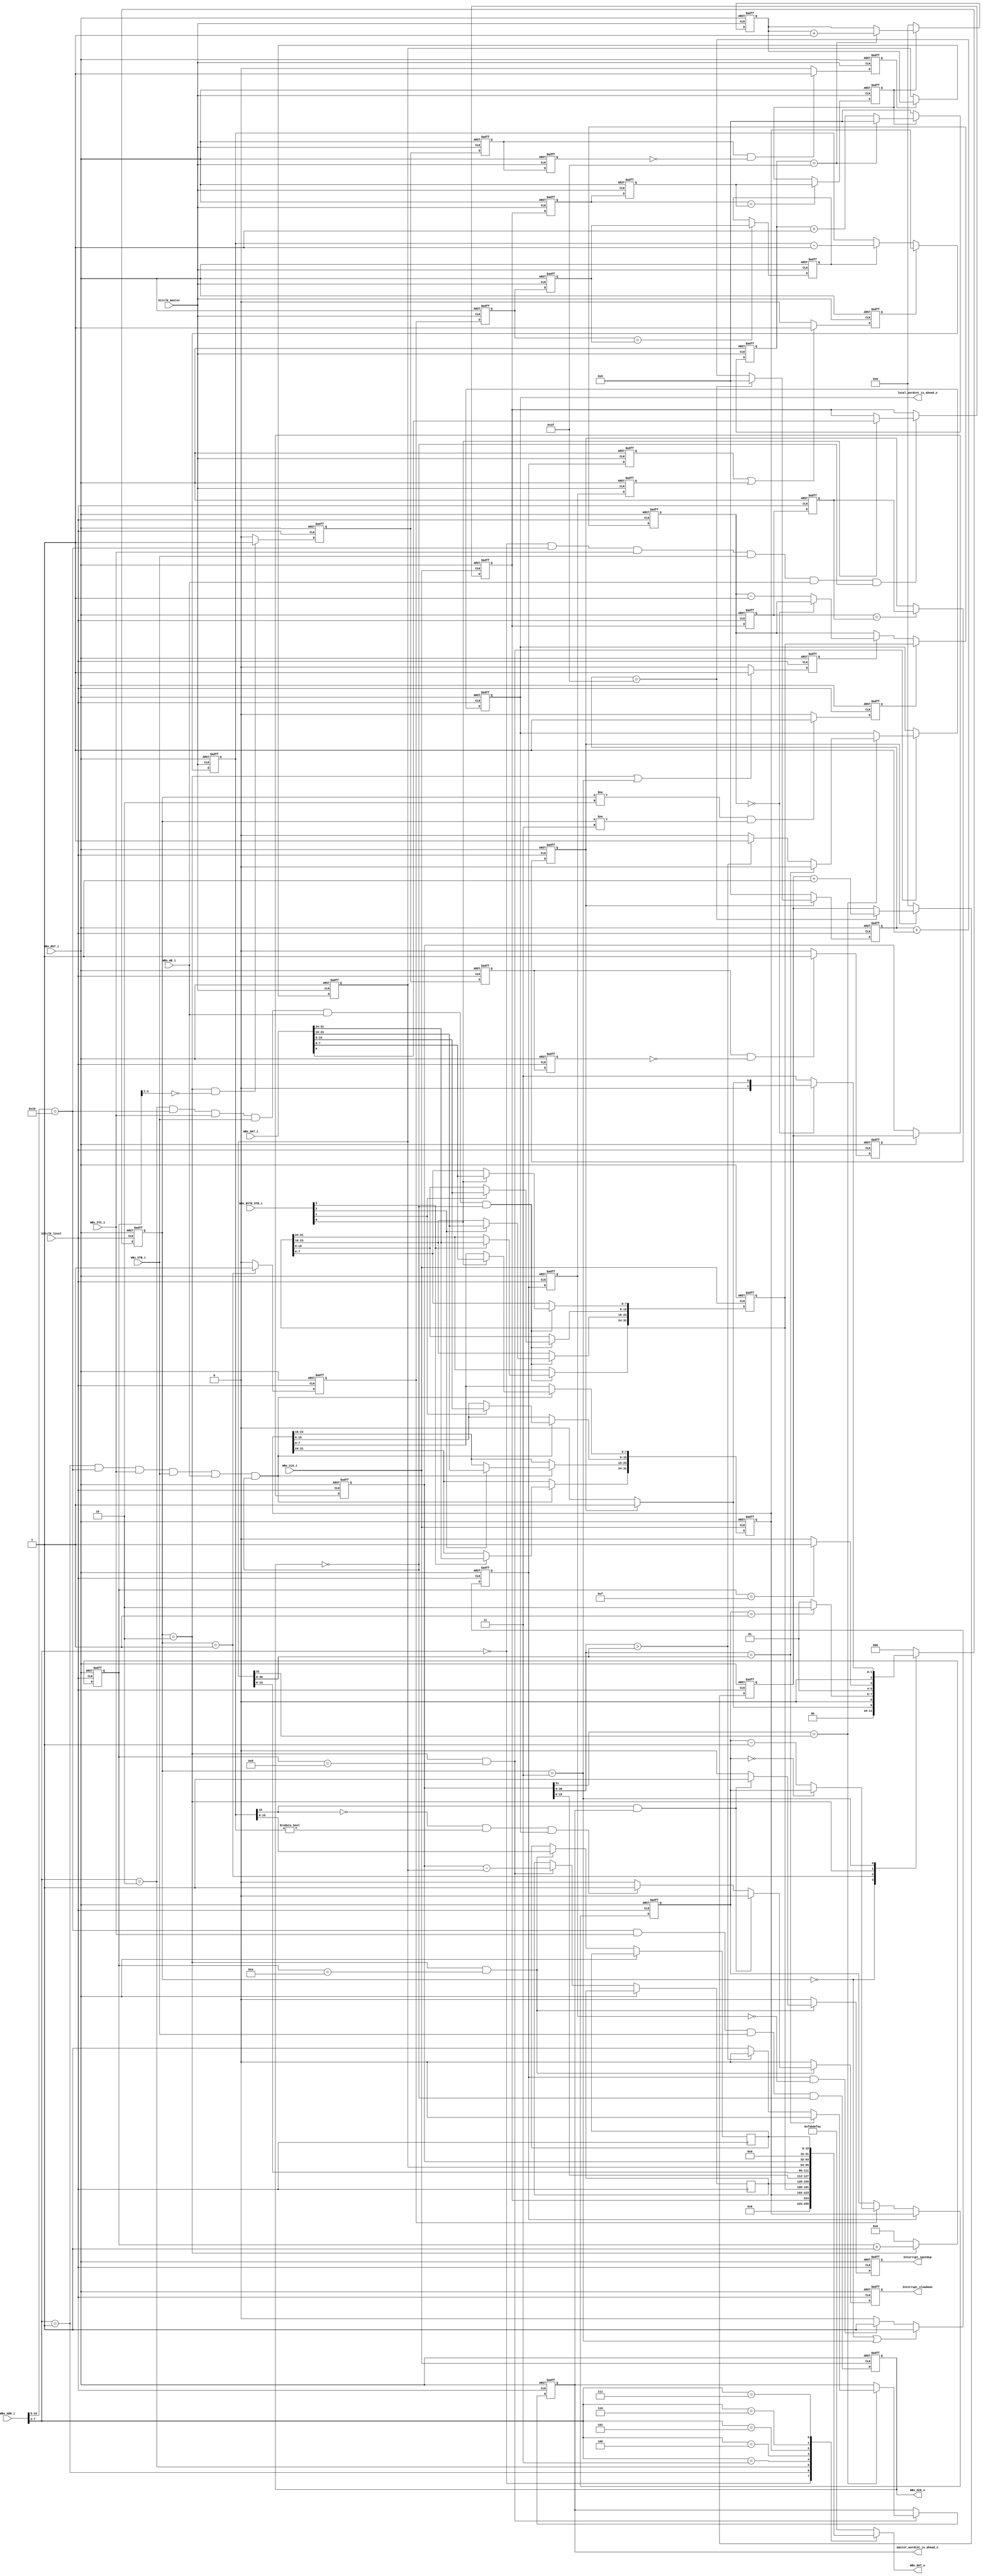
module FLL_I2S ( 
                // AHB-To_FPGA Bridge I/F
                WBs_ADR_i,
                WBs_CYC_i,
                WBs_BYTE_STB_i,
                WBs_WE_i,
                WBs_STB_i,
                WBs_DAT_i,
                WBs_CLK_i,
                WBs_RST_i,
                WBs_DAT_o,
                WBs_ACK_o,

                // input clock, from the external master
                bitclk_master,

                // local bitclk
                bitclk_local,

                // interrupts to the M4 processor, to speed up or slow down the local clock
                Interrupt_speedup,
                Interrupt_slowdown,
                
                // debug
                master_wordcnt_is_ahead_o,
                local_wordcnt_is_ahead_o
);


//------Port Parameters----------------

    //  Address offsets shown below are byte offsets, so the 2 LSB's (on the right) should be 0's.

// This parameter can/should be over-ridden when this module is instantiated,
//  since it must be unique across all other modules in the FPGA.
parameter   MODULE_OFFSET       = 17'h0_1000;

// This is the value that is returned when a non-implemented register is read.
parameter   DEFAULT_REG_VALUE   = 32'hFAB_DEF_AC;

// This is the # of bit clock per word
parameter   BIT_CLOCKS_PER_WORD     = 64;

// This is the default value for the sampling time (after reset), in local bit clks.
//  After the # of local clocks specified here, a calculation is done to determine if the
//  local clock frequency needs to be adjusted.
//  This sampling time can be over-written by s/w.
parameter   SAMPLE_LENGTH_DEFAULT = 32'h0000_0400;

// This is the default value for the interval between samples (after reset), in local bit clks.
//  This is the # of local clocks to wait before starting another sample. A value of 0 will
//  result in 0 delay between samples (continuous sampling).
//  This interval can be over-written by s/w.
parameter   SAMPLE_GAP_DEFAULT  = 32'h0000_0400;



//------Port Signals-------------------

// AHB-To_FPGA Bridge I/F
input   [16:0]  WBs_ADR_i           ;  // Address Bus                   to   FPGA
input           WBs_CYC_i           ;  // Cycle Chip Select             to   FPGA 
input   [3:0]   WBs_BYTE_STB_i      ;  // Byte Select                   to   FPGA
input           WBs_WE_i            ;  // Write Enable                  to   FPGA
input           WBs_STB_i           ;  // Strobe Signal                 to   FPGA
input   [31:0]  WBs_DAT_i           ;  // Write Data Bus                to   FPGA
input           WBs_CLK_i           ;  // FPGA Clock                    from FPGA
input           WBs_RST_i           ;  // FPGA Reset                    to   FPGA
output  [31:0]  WBs_DAT_o           ;  // Read Data Bus                 from FPGA
output          WBs_ACK_o           ;  // Transfer Cycle Acknowledge    from FPGA

input           bitclk_master;
input           bitclk_local;

output          Interrupt_speedup;
output          Interrupt_slowdown;

// Debug signals
output          master_wordcnt_is_ahead_o;
output          local_wordcnt_is_ahead_o;

// FPGA Global Signals
wire            WBs_CLK_i           ;  // Wishbone FPGA Clock
wire            WBs_RST_i           ;  // Wishbone FPGA Reset

// Wishbone Bus Signals
wire    [16:0]  WBs_ADR_i           ;  // Wishbone Address Bus
wire            WBs_CYC_i           ;  // Wishbone Client Cycle  Strobe (i.e. Chip Select) 
wire    [3:0]   WBs_BYTE_STB_i      ;  // Wishbone Byte   Enables
wire            WBs_WE_i            ;  // Wishbone Write  Enable Strobe
wire            WBs_STB_i           ;  // Wishbone Transfer      Strobe
wire    [31:0]  WBs_DAT_i           ;  // Wishbone Write  Data Bus
 
reg     [31:0]  WBs_DAT_o           ;  // Wishbone Read   Data Bus


reg             WBs_ACK_o           ;  // Wishbone Client Acknowledge

wire            bitclk_master;
wire            bitclk_local;

wire            Interrupt_speedup;
wire            Interrupt_slowdown;


//======Begin Wishbone register interface======

//------Internal Parameters---------------

// Allow for up to 256 registers in this module
localparam  ADDRWIDTH   =  8;

// register offsets.
    //  Address offsets shown below are byte offsets, so the 2 LSB's (on the right) should be 0's.
localparam  REG_ADDR_CTRL       =  8'h00        ; 
localparam  REG_ADDR_SAMP_LEN   =  8'h04        ; 
localparam  REG_ADDR_SAMP_GAP   =  8'h08        ; 
localparam  REG_ADDR_WC_DIFF    =  8'h0C        ;
localparam  REG_ADDR_WC         =  8'h10        ;
localparam  REG_ADDR_WC_MSTR    =  8'h14        ;
localparam  REG_ADDR_WC_LOCAL   =  8'h18        ;
localparam  REG_ADDR_SCNT_MSTR  =  8'h1C        ;


//------Internal Signals---------------

wire            module_decode   ;

wire            REG_WE_CTRL     ;
wire            REG_WE_SAMP_LEN ;
wire            REG_WE_SAMP_GAP ;

wire            WBs_ACK_o_nxt   ;

reg             reg_enable      ;
reg     [31:0]  reg_sample_len  ;
reg     [31:0]  reg_sample_gap  ;

// debug 
reg     [31:0]  wordcnt_diff    ;
reg     [15:0]  scmaster        ;


assign module_decode = (WBs_ADR_i[16:ADDRWIDTH] == MODULE_OFFSET[16:ADDRWIDTH]);

assign REG_WE_CTRL = ( WBs_ADR_i[ADDRWIDTH-1:2] == REG_ADDR_CTRL[ADDRWIDTH-1:2] ) && module_decode && WBs_CYC_i && WBs_STB_i && WBs_WE_i && (~WBs_ACK_o);
assign REG_WE_SAMP_LEN = ( WBs_ADR_i[ADDRWIDTH-1:2] == REG_ADDR_SAMP_LEN[ADDRWIDTH-1:2] ) && module_decode && WBs_CYC_i && WBs_STB_i && WBs_WE_i && (~WBs_ACK_o);
assign REG_WE_SAMP_GAP = ( WBs_ADR_i[ADDRWIDTH-1:2] == REG_ADDR_SAMP_GAP[ADDRWIDTH-1:2] ) && module_decode && WBs_CYC_i && WBs_STB_i && WBs_WE_i && (~WBs_ACK_o);

// Define the Acknowledge back to the host for registers
assign WBs_ACK_o_nxt  =  module_decode && (WBs_CYC_i) && WBs_STB_i && (~WBs_ACK_o);


// write logic for the registers
always @( posedge WBs_CLK_i or posedge WBs_RST_i)
begin
    if (WBs_RST_i)
    begin
        reg_enable      <= 1'b0;
        reg_sample_len  <= SAMPLE_LENGTH_DEFAULT;
        reg_sample_gap  <= SAMPLE_GAP_DEFAULT;

        WBs_ACK_o       <= 1'b0;
    end  
    else
    begin

        // control register
        if (REG_WE_CTRL) begin
            if (WBs_BYTE_STB_i[0])
                reg_enable              <= WBs_DAT_i[0]     ;
        end

        // sampling length register
        if (REG_WE_SAMP_LEN) begin
            if (WBs_BYTE_STB_i[0])
                reg_sample_len[7:0]     <= WBs_DAT_i[7:0]   ;
            if (WBs_BYTE_STB_i[1])
                reg_sample_len[15:8]    <= WBs_DAT_i[15:8]  ;
            if (WBs_BYTE_STB_i[2])
                reg_sample_len[23:16]   <= WBs_DAT_i[23:16] ;
            if (WBs_BYTE_STB_i[3])
                reg_sample_len[31:24]   <= WBs_DAT_i[31:24] ;
        end

        // sampling delay register
        if (REG_WE_SAMP_GAP) begin
            if (WBs_BYTE_STB_i[0])
                reg_sample_gap[7:0]       <= WBs_DAT_i[7:0]   ;
            if (WBs_BYTE_STB_i[1])
                reg_sample_gap[15:8]      <= WBs_DAT_i[15:8]  ;
            if (WBs_BYTE_STB_i[2])
                reg_sample_gap[23:16]     <= WBs_DAT_i[23:16] ;
            if (WBs_BYTE_STB_i[3])
                reg_sample_gap[31:24]     <= WBs_DAT_i[31:24] ;
        end


        WBs_ACK_o <= WBs_ACK_o_nxt  ;
    end  
end


// read logic for the registers
always @(*)
 begin
    case(WBs_ADR_i[ADDRWIDTH-1:2])
        REG_ADDR_CTRL[ADDRWIDTH-1:2]        : WBs_DAT_o <= {31'b0, reg_enable}  ;
        REG_ADDR_SAMP_LEN[ADDRWIDTH-1:2]    : WBs_DAT_o <= reg_sample_len       ;
        REG_ADDR_SAMP_GAP[ADDRWIDTH-1:2]    : WBs_DAT_o <= reg_sample_gap       ;
        REG_ADDR_WC_DIFF[ADDRWIDTH-1:2]     : WBs_DAT_o <= wordcnt_diff         ;
        REG_ADDR_WC[ADDRWIDTH-1:2]          : WBs_DAT_o <= {wordcnt_shadow_local[15:0], wordcnt_shadow_master[15:0]}       ;
        REG_ADDR_WC_MSTR[ADDRWIDTH-1:2]     : WBs_DAT_o <= wordcnt_shadow_master;
        REG_ADDR_WC_LOCAL[ADDRWIDTH-1:2]    : WBs_DAT_o <= wordcnt_shadow_local ;
        REG_ADDR_SCNT_MSTR[ADDRWIDTH-1:2]   : WBs_DAT_o <= scmaster ;
    default                                 : WBs_DAT_o <= DEFAULT_REG_VALUE    ;
    endcase
end

//======End Wishbone register interface======


//======Begin FLL logic======

wire            rst;
assign rst = WBs_RST_i;


// sync the enable to the each bitclk domain

reg             enable_local_r1     ;
reg             enable_local_r2     ;
reg             enable_local_sync   ;
reg             enable_master_r1    ;
reg             enable_master_r2    ;
reg             enable_master_sync  ;

always @(posedge rst or posedge bitclk_local)
    if (rst) begin
        enable_local_r1     <= 1'b0;
        enable_local_r2     <= 1'b0;
        enable_local_sync   <= 1'b0;
    end else begin
        enable_local_r1     <= reg_enable;
        enable_local_r2     <= enable_local_r1;
        if (enable_local_r1 == enable_local_r2)
            enable_local_sync <= enable_local_r2;
    end

always @(posedge rst or posedge bitclk_master)
    if (rst) begin
        enable_master_r1     <= 1'b0;
        enable_master_r2     <= 1'b0;
        enable_master_sync   <= 1'b0;
    end else begin
        enable_master_r1     <= reg_enable;
        enable_master_r2     <= enable_master_r1;
        if (enable_master_r1 == enable_master_r2)
            enable_master_sync  <= enable_master_r2;
    end


// count words in each domain, when enable=1
//      The FLL control logic will try to maintain the same word count in the local domain,
//      as exists in the master domain, by adjusting the local clock.

reg     [7:0]   bitcnt_local;
reg     [7:0]   bitcnt_master;

reg     [31:0]  wordcnt_local;
reg     [31:0]  wordcnt_master;

reg     [31:0]  wordcnt_shadow_local;
reg     [31:0]  wordcnt_shadow_master;


always @(posedge rst or posedge bitclk_local)
    if (rst) begin
        bitcnt_local <= 8'b0;
        wordcnt_local <= 32'b0;
    end else begin
        if (enable_local_sync == 1'b0) begin
            bitcnt_local <= 8'b0;
            wordcnt_local <= 32'b0;
        end else begin
            if (bitcnt_local == (BIT_CLOCKS_PER_WORD-1)) begin
                bitcnt_local <= 8'b0;
                wordcnt_local <= wordcnt_local + 1;
            end else begin
                bitcnt_local <= bitcnt_local + 1;
                wordcnt_local <= wordcnt_local;
            end
        end
    end

always @(posedge rst or posedge bitclk_master)
    if (rst) begin
        bitcnt_master <= 8'b0;
        wordcnt_master <= 32'b0;
    end else begin
        if (enable_master_sync == 1'b0) begin
            bitcnt_master <= 8'b0;
            wordcnt_master <= 32'b0;
        end else begin
            if (bitcnt_master == (BIT_CLOCKS_PER_WORD-1)) begin
                bitcnt_master <= 8'b0;
                wordcnt_master <= wordcnt_master + 1;
            end else begin
                bitcnt_master <= bitcnt_master + 1;
                wordcnt_master <= wordcnt_master;
            end
        end
    end


// word count shadow registers

reg         shadow_reg_copy;

reg         shadow_reg_copy_local_r1;
reg         shadow_reg_copy_local_r2;
reg         shadow_reg_copy_local_sync;
reg         shadow_reg_copy_master_r1;
reg         shadow_reg_copy_master_r2;
reg         shadow_reg_copy_master_sync;


    // synchronize the shadow register lock signal to each domain
    //      shadow_reg_copy should be active for at least 2 clocks.

always @(posedge rst or posedge bitclk_local)
    if (rst) begin
        shadow_reg_copy_local_r1    <= 1'b0;
        shadow_reg_copy_local_r2    <= 1'b0;
        shadow_reg_copy_local_sync  <= 1'b0;
    end else begin
        shadow_reg_copy_local_r1    <= shadow_reg_copy;
        shadow_reg_copy_local_r2    <= shadow_reg_copy_local_r1;
        if (shadow_reg_copy_local_r1 && !shadow_reg_copy_local_r2)
            shadow_reg_copy_local_sync <= 1'b1;
        else
            shadow_reg_copy_local_sync <= 1'b0;
    end

always @(posedge rst or posedge bitclk_master)
    if (rst) begin
        shadow_reg_copy_master_r1    <= 1'b0;
        shadow_reg_copy_master_r2    <= 1'b0;
        shadow_reg_copy_master_sync  <= 1'b0;
    end else begin
        shadow_reg_copy_master_r1    <= shadow_reg_copy;
        shadow_reg_copy_master_r2    <= shadow_reg_copy_master_r1;
        if (shadow_reg_copy_master_r1 && !shadow_reg_copy_master_r2)
            shadow_reg_copy_master_sync <= 1'b1;
        else
            shadow_reg_copy_master_sync <= 1'b0;
    end


    // shadow registers
    //      these are used to copy the wordcnt registers so the calculations can be done.

always @(posedge rst or posedge bitclk_local)
    if (rst)
        wordcnt_shadow_local <= 0;
    else
        if (shadow_reg_copy_local_sync)
            wordcnt_shadow_local <= wordcnt_local;
        else
            wordcnt_shadow_local <= wordcnt_shadow_local;

always @(posedge rst or posedge bitclk_master)
    if (rst)
        wordcnt_shadow_master <= 0;
    else
        if (shadow_reg_copy_master_sync)
            wordcnt_shadow_master <= wordcnt_master;
        else
            wordcnt_shadow_master <= wordcnt_shadow_master;



// sample counters - one in each clk domain

reg     [31:0]  sample_cnt;
reg     [31:0]  sample_cnt_master;
reg             sample_cnt_enable;
reg             sample_cnt_enable_master;
reg             sample_cnt_enable_master_r1;
reg             sample_cnt_enable_master_r2;

reg             sample_cnt_load;
reg             sample_cnt_load_r1; // this is used to make sure sample_cnt_load is at least 2 clks wide
reg             sample_cnt_load_master;
reg             sample_cnt_load_master_r1;
reg             sample_cnt_load_master_r2;

reg     [31:0]  sample_gap_cnt;
reg             sample_gap_cnt_enable;
reg             sample_gap_cnt_load;


    // sync the sample count enable signal to the master domain
always @(posedge rst or posedge bitclk_master)
    if (rst) begin
        sample_cnt_enable_master_r1 <= 0;
        sample_cnt_enable_master_r2 <= 0;
        sample_cnt_enable_master <= 0;
    end else begin
        sample_cnt_enable_master_r1 <= sample_cnt_enable;
        sample_cnt_enable_master_r2 <= sample_cnt_enable_master_r1;
        if (sample_cnt_enable_master_r1 == sample_cnt_enable_master_r2)
            sample_cnt_enable_master <= sample_cnt_enable_master_r2;
        else
            sample_cnt_enable_master <= sample_cnt_enable_master;
    end

    // sync the sample count load signal to the master domain
always @(posedge rst or posedge bitclk_master)
    if (rst) begin
        sample_cnt_load_master_r1 <= 0;
        sample_cnt_load_master_r2 <= 0;
        sample_cnt_load_master <= 0;
    end else begin
        sample_cnt_load_master_r1 <= sample_cnt_load;
        sample_cnt_load_master_r2 <= sample_cnt_load_r1;
        if (sample_cnt_load_master_r1 || sample_cnt_load_master_r2)
            sample_cnt_load_master <= 1;
        else
            sample_cnt_load_master <= 0;
    end


    // sample counter - local
always @(posedge rst or posedge bitclk_local)
    if (rst)
        sample_cnt <= 0;
    else
        if (sample_cnt_load)
            sample_cnt <= reg_sample_len;
        else
            if (sample_cnt_enable)
                if (sample_cnt == 0)
                    sample_cnt <= sample_cnt;
                else
                    sample_cnt <= sample_cnt - 1;
            else
                sample_cnt <= sample_cnt;


    // sample counter - master
always @(posedge rst or posedge bitclk_master)
    if (rst)
        sample_cnt_master <= 0;
    else
        if (sample_cnt_load_master)
            sample_cnt_master <= reg_sample_len;
        else
            if (sample_cnt_enable_master)
                sample_cnt_master <= sample_cnt_master - 1;
            else
                sample_cnt_master <= sample_cnt_master;



    // sample gap counter
always @(posedge rst or posedge bitclk_local)
    if (rst)
        sample_gap_cnt <= 0;
    else
        if (sample_gap_cnt_load)
            sample_gap_cnt <= reg_sample_gap;
        else
            if (sample_gap_cnt_enable)
                if (sample_gap_cnt == 0)
                    sample_gap_cnt <= sample_gap_cnt;
                else
                    sample_gap_cnt <= sample_gap_cnt - 1;
            else
                sample_gap_cnt <= sample_gap_cnt;


// FLL control logic

reg     [3:0]   compute_timer;

reg     [2:0]   fll_state;
localparam  st_IDLE     = 3'h0;
localparam  st_SAMPLE   = 3'h1;
localparam  st_COMPUTE  = 3'h2;
localparam  st_GAP      = 3'h3;

    // state machine
always @(posedge rst or posedge bitclk_local)
    if (rst)
        fll_state <= st_IDLE;
    else
        case (fll_state)
            st_IDLE     :   
                            if (enable_local_sync)
                                fll_state <= st_SAMPLE;
                            else
                                fll_state <= st_IDLE;
            st_SAMPLE   : 
                            if (sample_cnt == 1)
                                fll_state <= st_COMPUTE;
                            else
                                fll_state <= st_SAMPLE;
            st_COMPUTE  : 
                            if (compute_timer == 4'hF)
                                fll_state <= st_GAP;
                            else
                                fll_state <= st_COMPUTE;
            st_GAP      : 
                            if (sample_gap_cnt == 0)
                                if (enable_local_sync)
                                    fll_state <= st_SAMPLE;
                                else
                                    fll_state <= st_IDLE;
                            else
                                fll_state <= st_GAP;
            default     :
                            fll_state <= st_IDLE;
        endcase


    // timers
always @(posedge rst or posedge bitclk_local)
    if (rst)
        compute_timer <= 0;
    else
        if (fll_state == st_COMPUTE)
            compute_timer <= compute_timer + 1;
        else
            compute_timer <= 0;


    // control signals

always @(posedge rst or posedge bitclk_local)
    if (rst)
        shadow_reg_copy <= 0;
    else
        if (fll_state == st_COMPUTE && (compute_timer[3:2] == 2'b00))   // the 1st 4 clocks in the COMPUTE state
            shadow_reg_copy <= 1;
        else
            shadow_reg_copy <= 0;

always @(posedge rst or posedge bitclk_local)
    if (rst)
        sample_cnt_enable <= 0;
    else
        if (fll_state == st_SAMPLE)
            sample_cnt_enable <= 1;
        else
            sample_cnt_enable <= 0;



always @(posedge rst or posedge bitclk_local)
    if (rst) begin
        sample_cnt_load <= 0;
        sample_cnt_load_r1 <= 0;
    end else begin
        sample_cnt_load_r1 <= sample_cnt_load;

        if (fll_state == st_IDLE || fll_state == st_GAP)
            sample_cnt_load <= 1;
        else
            if (sample_cnt_load && !sample_cnt_load_r1)
                sample_cnt_load <= 1;
            else
                sample_cnt_load <= 0;
    end

always @(posedge rst or posedge bitclk_local)
    if (rst)
        sample_gap_cnt_load <= 0;
    else
        if (fll_state != st_COMPUTE && fll_state != st_GAP)
            sample_gap_cnt_load <= 1;
        else
            sample_gap_cnt_load <= 0;

always @(posedge rst or posedge bitclk_local)
    if (rst)
        sample_gap_cnt_enable <= 0;
    else
        if (fll_state == st_COMPUTE || fll_state == st_GAP)
            sample_gap_cnt_enable <= 1;
        else
            sample_gap_cnt_enable <= 0;


// determine if the word counts are aligned
reg         local_wordcnt_is_ahead;
reg         master_wordcnt_is_ahead;
reg         wordcnts_aligned;

always @(posedge rst or posedge bitclk_local)
    if (rst) begin
        local_wordcnt_is_ahead <= 0;
        master_wordcnt_is_ahead <= 0;
        wordcnts_aligned <= 0;
    end else begin
        // Compare the shadow wordcnt's only when in the COMPUTE state, and only after the shadow counts have been copied,
        //  allowing time for the values to settle (so cross-domain logic won't be needed).
        // Also don't compare if a rollover has occurred on one of the wordcnt's but not the other.
        if (fll_state == st_COMPUTE && compute_timer == 4'h8) begin
            wordcnt_diff = wordcnt_shadow_local - wordcnt_shadow_master;
            if (wordcnt_shadow_local[31] == wordcnt_shadow_master[31]) begin
                if (wordcnt_shadow_local[30:0] == wordcnt_shadow_master[30:0]) begin
                    wordcnts_aligned <= 1;
                    local_wordcnt_is_ahead <= 0;
                    master_wordcnt_is_ahead <= 0;
                end else begin
                    if (wordcnt_shadow_local[30:0] > wordcnt_shadow_master[30:0]) begin
                        wordcnts_aligned <= 0;
                        local_wordcnt_is_ahead <= 1;
                        master_wordcnt_is_ahead <= 0;
                    end else begin
                        wordcnts_aligned <= 0;
                        local_wordcnt_is_ahead <= 0;
                        master_wordcnt_is_ahead <= 1;
                    end
                end
            end else begin  // only one has rolled over; hold the last values
                wordcnts_aligned <= wordcnts_aligned;
                local_wordcnt_is_ahead <= local_wordcnt_is_ahead;
                master_wordcnt_is_ahead <= master_wordcnt_is_ahead;
            end
        end else begin      // hold
            wordcnts_aligned <= wordcnts_aligned;
            local_wordcnt_is_ahead <= local_wordcnt_is_ahead;
            master_wordcnt_is_ahead <= master_wordcnt_is_ahead;
        end
    end


// determine if a speedup or slowdown interrupt is needed
reg         speedup_reg;
reg         slowdown_reg;


    // speedup when: the local clock is slower than the master clock AND the local wordcnt is equal to or less than the master wordcnt,
    //                  OR the local clock is the same as the master clock AND the local wordcnt is less than the master wordcnt.
    // slowdown when: the local clock is faster than the master clock AND the local wordcnt is equal to or greater than the master wordcnt,
    //                  OR the local clock is the same as the master clock AND the local wordcnt is more than the master wordcnt.
always @(posedge rst or posedge bitclk_local)
    if (rst) begin
        speedup_reg <= 0;
        slowdown_reg <= 0;
    end else begin
        if (fll_state == st_COMPUTE && compute_timer == 4'hA) begin
            scmaster <= sample_cnt_master; // Debug
            // check if speedup is needed
//            if  (    (sample_cnt_master[15] && (wordcnts_aligned || master_wordcnt_is_ahead))
//                    ||
//                    (sample_cnt_master == 0 && master_wordcnt_is_ahead)
            if  (    (sample_cnt_master[15] && (master_wordcnt_is_ahead))
                ) begin
                    speedup_reg <= 1;
                    slowdown_reg <= 0;
                end
            // check if slowdown is needed
            else
//                if  (   ((!sample_cnt_master[15] && (sample_cnt_master != 0)) && (wordcnts_aligned || local_wordcnt_is_ahead))
//                        ||
//                        (sample_cnt_master == 0 && local_wordcnt_is_ahead)
                if  (   ((!sample_cnt_master[15] && (sample_cnt_master != 0)) && (local_wordcnt_is_ahead))
                    ) begin
                        speedup_reg <= 0;
                        slowdown_reg <= 1;
                    end
                else begin
                    speedup_reg <= 0;
                    slowdown_reg <= 0;
                end
            // no change
        end else begin
            speedup_reg <= 0;
            slowdown_reg <= 0;
        end
    end

assign  Interrupt_speedup = speedup_reg;
assign  Interrupt_slowdown = slowdown_reg;

assign  master_wordcnt_is_ahead_o = master_wordcnt_is_ahead;
assign  local_wordcnt_is_ahead_o = local_wordcnt_is_ahead;


endmodule